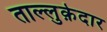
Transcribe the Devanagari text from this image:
ताल्लुक़ेदार